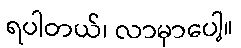
ရပါတယ်၊ လာမှာပေါ့။